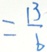
= \frac { 1 3 } { 6 }